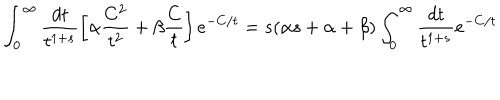
LaTeX: \int _ { 0 } ^ { \infty } \frac { d t } { t ^ { 1 + s } } \left[ \alpha \frac { C ^ { 2 } } { t ^ { 2 } } + \beta \frac { C } { t } \right] e ^ { - C / t } = s ( \alpha s + \alpha + \beta ) \int _ { 0 } ^ { \infty } \frac { d t } { t ^ { 1 + s } } e ^ { - C / t }